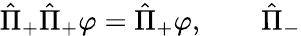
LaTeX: \hat{\Pi}_{+}\hat{\Pi}_{+}\varphi=\hat{\Pi}_{+}\varphi,\qquad\hat{\Pi}_{-}